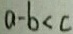
a - b < c